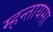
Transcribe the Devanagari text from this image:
म्हन्तायसा